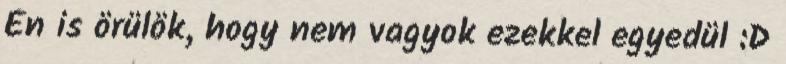
Én is örülök, hogy nem vagyok ezekkel egyedül :D